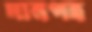
দানপত্র